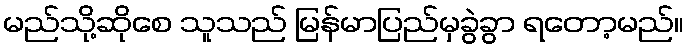
မည်သို့ဆိုစေ သူသည် မြန်မာပြည်မှခွဲခွာ ရတော့မည်။